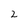
Character: 2